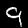
Digit: 9